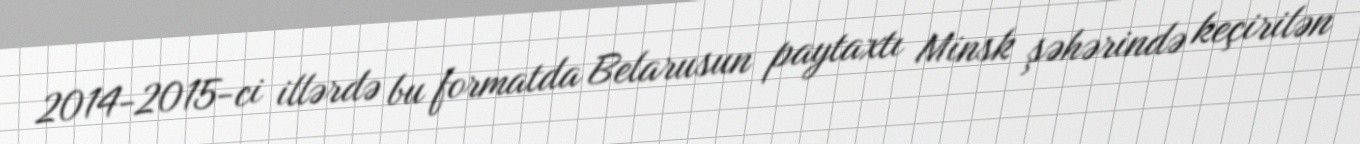
2014-2015-ci illərdə bu formatda Belarusun paytaxtı Minsk şəhərində keçirilən